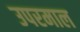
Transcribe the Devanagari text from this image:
उपरमाल